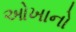
ઓખાનો